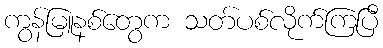
ကွန်မြူနစ်တွေက သတ်ပစ်လိုက်ကြပြီ